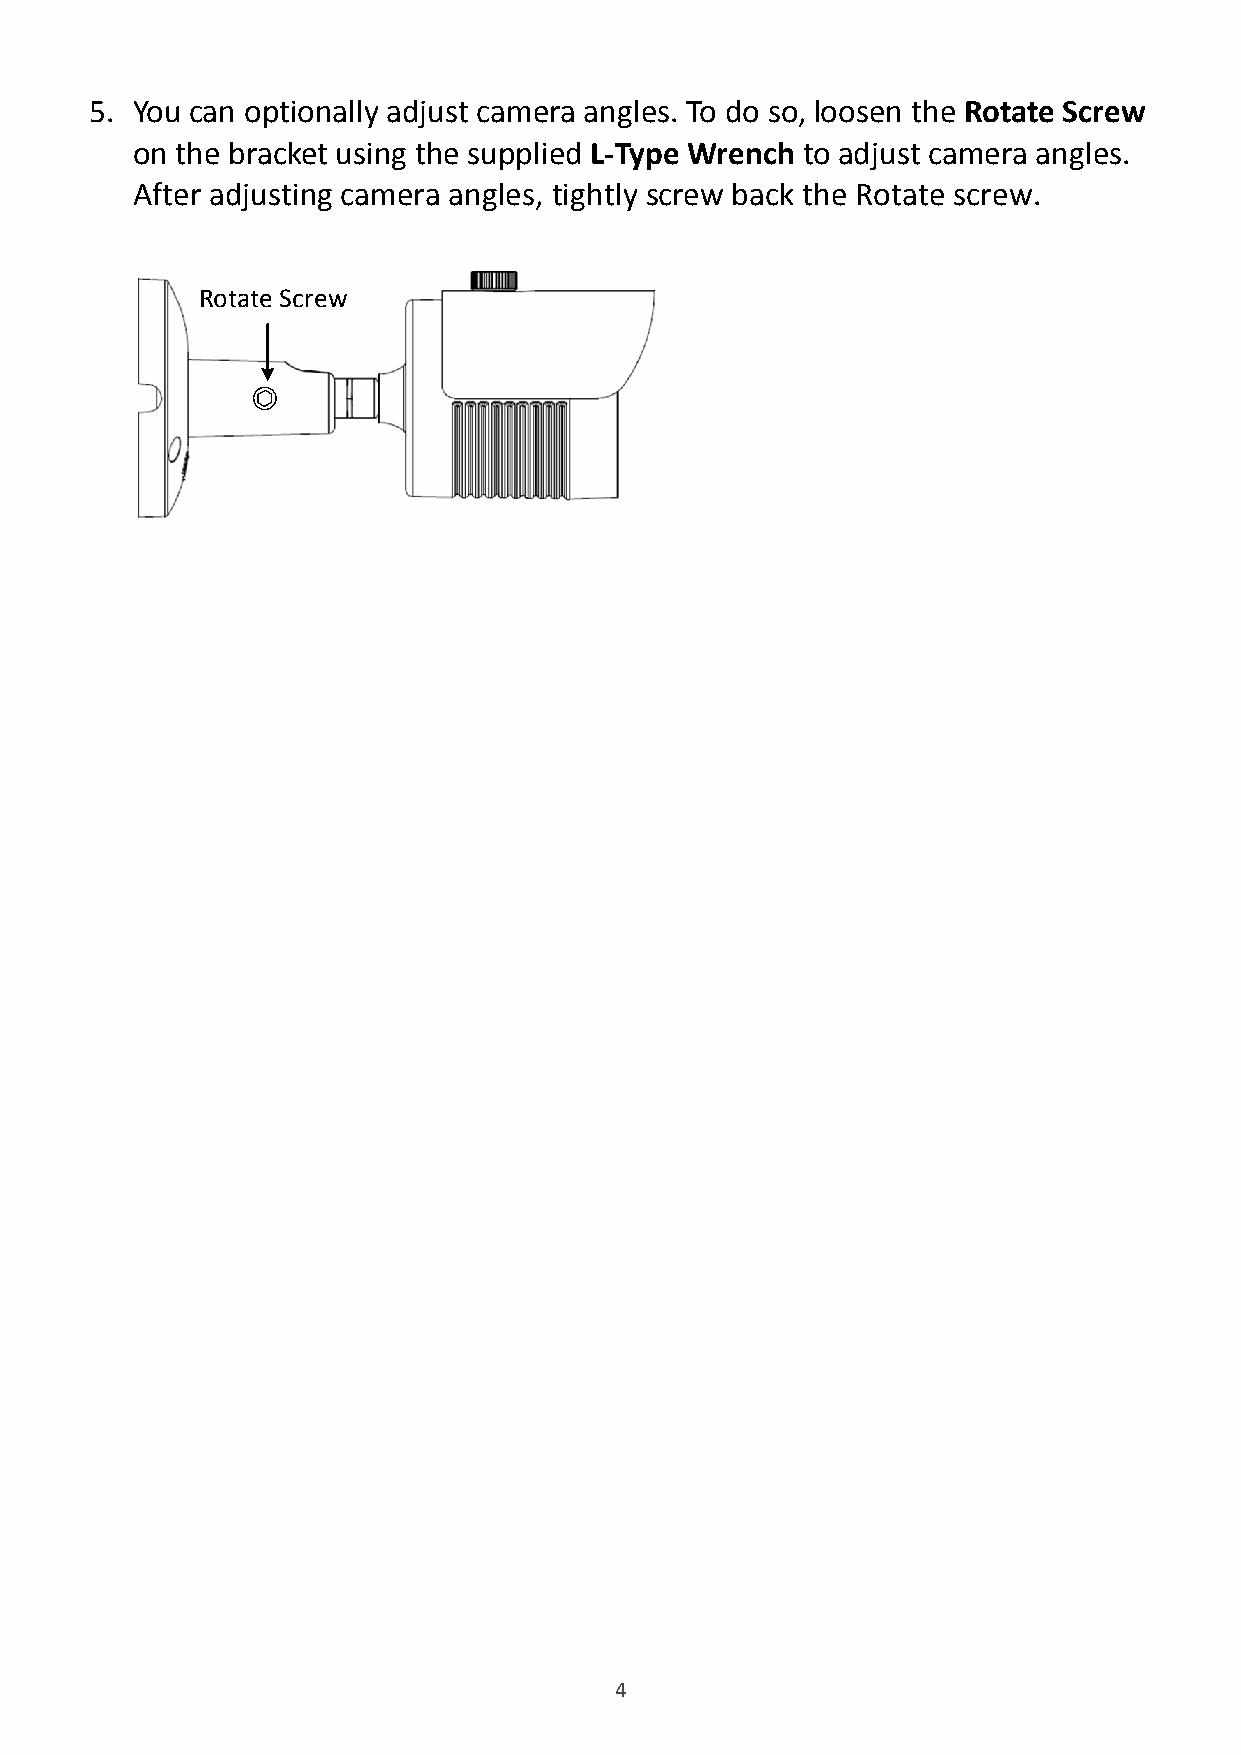
5. You can optionally adjust camera angles. To do so, loosen the Rotate Screw
 on the bracket using the supplied L-Type Wrench to adjust camera angles.
 After adjusting camera angles, tightly screw back the Rotate screw.
 Rotate Screw
 4